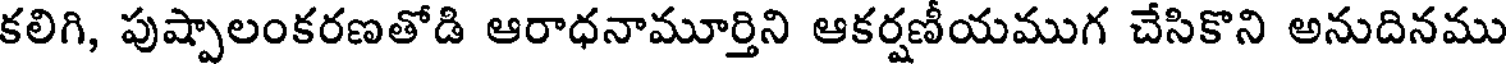
కలిగి, పుష్పాలంకరణతోడి ఆరాధనామూర్తిని ఆకర్షణీయముగ చేసికొని అనుదినము